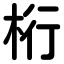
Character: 桁